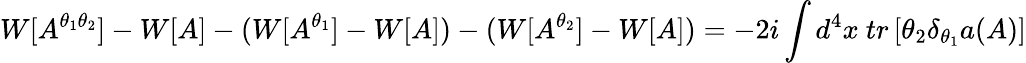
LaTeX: W[A^{\theta_{1}\theta_{2}}]-W[A]-(W[A^{\theta_{1}}]-W[A])-(W[A^{\theta_{2}}]-W[A])=-2i\int d^{4}x\ tr\left[\theta_{2}\delta_{\theta_{1}}a(A)\right]